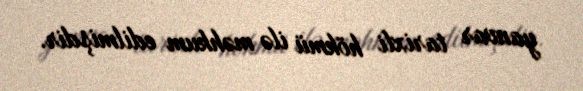
yanvar tarixli hökmü ilə məhkum edilmişdir.